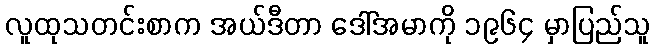
လူထုသတင်းစာက အယ်ဒီတာ ဒေါ်အမာကို ၁၉၆၄ မှာပြည်သူ